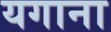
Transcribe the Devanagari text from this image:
यगाना